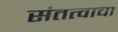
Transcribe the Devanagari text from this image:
संतत्वाचा